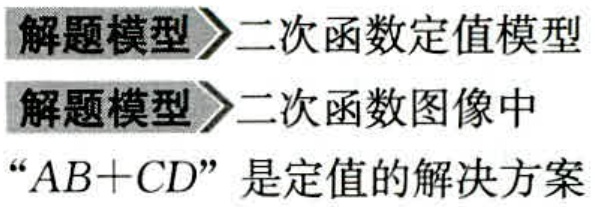
解题模型$\rhd$二次函数定值模型
解题模型$\rhd$二次函数图像中
“$AB + CD$”是定值的解决方案